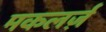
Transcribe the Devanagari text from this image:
मकलर्ज़